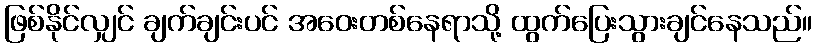
ဖြစ်နိုင်လျှင် ချက်ချင်းပင် အဝေးတစ်နေရာသို့ ထွက်ပြေးသွားချင်နေသည်။